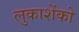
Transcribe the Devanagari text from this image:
लुकाशेंको